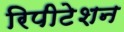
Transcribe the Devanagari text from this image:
रिपीटेशन